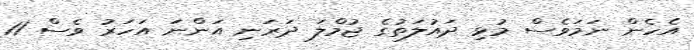
އެހެން ނަމަވެސް މުޅި ދައުލަތުގެ ޖުމްލަ ދަރަނި އަންނަ އަހަރު ވެސް 11